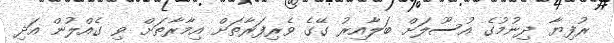
ރުފިޔާ ދިނުމުގެ އުސޫލަށް ބަލާއިރު ގޭގެ ވެރިފަރާތަށް އިމާރާތަށް ވި ގެއްލުން އަދި